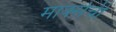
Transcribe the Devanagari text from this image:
मार्क्‍सची